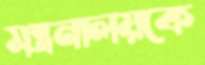
মন্ত্রনালয়কে